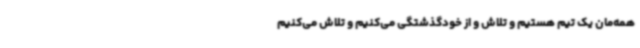
همه‌مان یک تیم هستیم و تلاش و از خودگذشتگی می‌کنیم و تلاش می‌کنیم